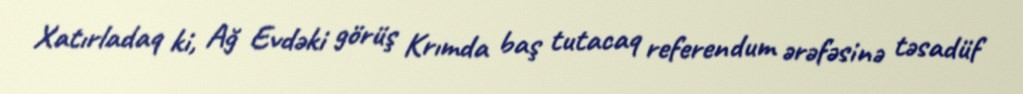
Xatırladaq ki, Ağ Evdəki görüş Krımda baş tutacaq referendum ərəfəsinə təsadüf